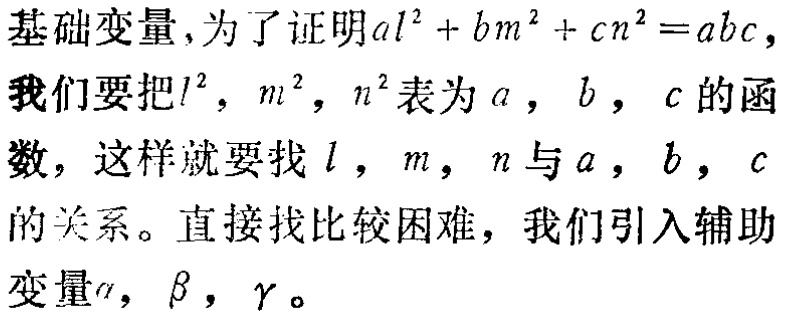
基础变量,为了证明\(al^{2}+bm^{2}+cn^{2}=abc\),我们要把\(l^{2}\), \(m^{2}\), \(n^{2}\)表为\(a\), \(b\), \(c\)的函数,这样就要找\(l\), \(m\), \(n\)与\(a\), \(b\), \(c\)的关系。直接找比较困难，我们引入辅助变量\(\alpha\), \(\beta\), \(\gamma\)。